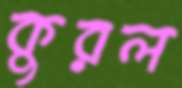
কুরল